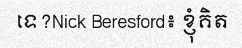
ទេ?Nick Beresford៖ ខ្ញុំគិត